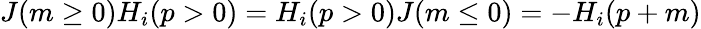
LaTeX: J(m\ge 0)H_{i}(p>0)=H_{i}(p>0)J(m\le 0)=-H_{i}(p+m)